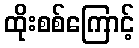
ထိုးစစ်ကြောင့်